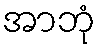
အာဘုံ